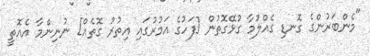
"މެންބަރުންގެ ގޮނޑި ގެއްލުމާ ގުޅޭގޮތުން [ފަހުގެ އަމުރުގައި އިތުރު ގޮތެއް] ނުނިންމާ އެއޮތީ